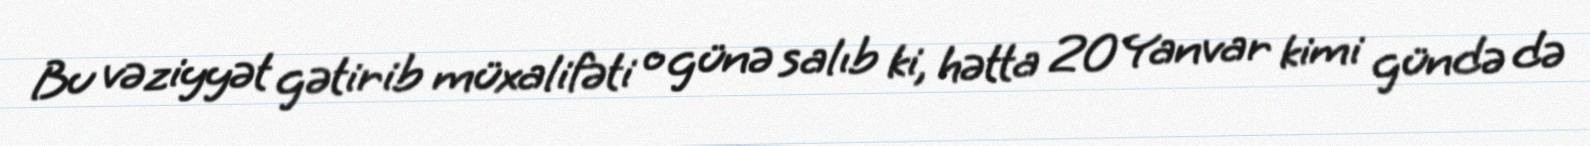
Bu vəziyyət gətirib müxalifəti o günə salıb ki, hətta 20 Yanvar kimi gündə də